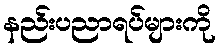
နည်းပညာရပ်များကို